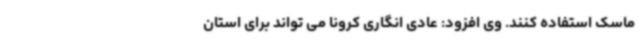
ماسک استفاده کنند. وی افزود: عادی انگاری کرونا می تواند برای استان